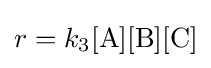
r=k_{3}[\mathrm {A} ][\mathrm {B} ][\mathrm {C} ]